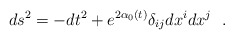
\begin{align*}ds^2 =-dt^2+e^{2 \alpha_0(t)} \delta_{ij} dx^i dx^j \ \ .\end{align*}